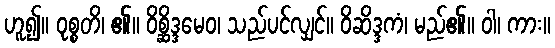
ဟူ၍။ ဝုစ္စတိ၊ ၏။ ဝိစ္ဆိဒ္ဒမေဝ၊ သည်ပင်လျှင်။ ဝိဆိဒ္ဒကံ၊ မည်၏။ ဝါ၊ ကား။